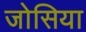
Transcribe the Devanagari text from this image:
जोसिया